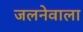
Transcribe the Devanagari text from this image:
जलनेवाला